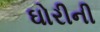
ઘોરીની